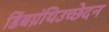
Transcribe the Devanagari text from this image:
डिंबग्रंथिउच्छेदन